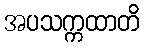
အပသက္ကထာတိ